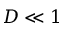
D \ll 1